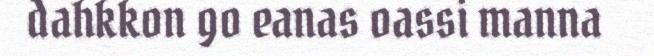
dahkkon go eanas oassi manna